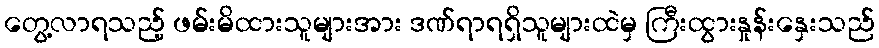
တွေ့လာရသည့် ဖမ်းမိထားသူများအား ဒဏ်ရာရရှိသူများထဲမှ ကြီးထွားနှုန်းနှေးသည်